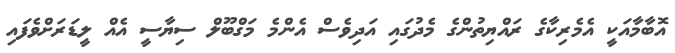
އޮބާމާއަކީ އެމެރިކާގެ ރައްޔިތުންގެ މެދުގައި އަދިވެސް އެންމެ މަގްބޫލް ސިޔާސީ އެއް ލީޑަރަށްވެފައި